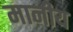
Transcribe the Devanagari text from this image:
मानीय